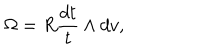
\Omega = R \frac { d t } { t } \wedge d v ,